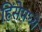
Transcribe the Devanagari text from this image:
हिंसेमध्ये